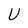
Character: U